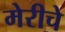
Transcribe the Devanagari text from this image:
मेरीचे